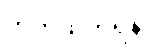
တိုက်ထုတ်ရန်